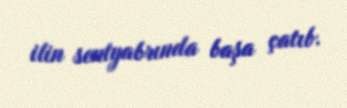
ilin sentyabrında başa çatıb.